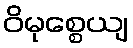
ဝိမုစ္စေယျ